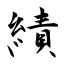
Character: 績